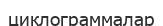
циклограммалар